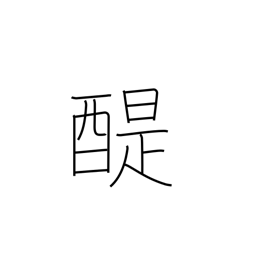
Meaning: good Buddhist teaching